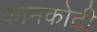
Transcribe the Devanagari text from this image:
कामकोटी